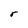
Character: r